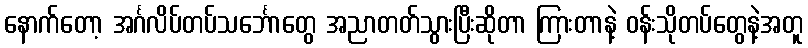
နောက်တော့ အင်္ဂလိပ်တပ်သင်္ဘောတွေ အညာတတ်သွားပြီးဆိုတာ ကြားတာနဲ့ ဝန်းသိုတပ်တွေနဲ့အတူ